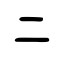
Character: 二